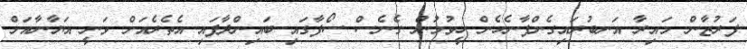
ފަރުޒާން މައިރާ އަނބުރައިގެންފާނެހެން ހީވުމުން ގެނެސް ސޯފާގައި ބައިންދާފައި އެތެރެއަށް ވަނީ އަޔާނާއަށް